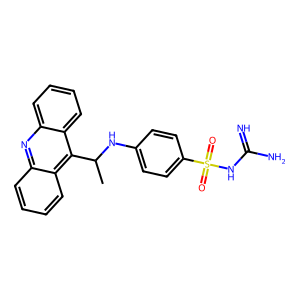
SMILES: CC(Nc1ccc(S(=O)(=O)NC(=N)N)cc1)c1c2ccccc2nc2ccccc12
Inhibits HIV replication: No